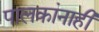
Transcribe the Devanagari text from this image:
पालकांनाही